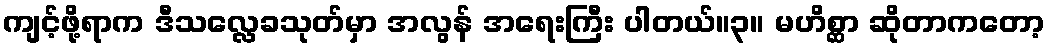
ကျင့်ဖို့ရာက ဒီသလ္လေခသုတ်မှာ အလွန် အရေးကြီး ပါတယ်။၃။ မဟိစ္ဆာ ဆိုတာကတော့